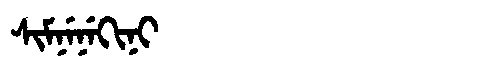
Manchu: ᠰᡳᠮᠨᡝᠨᡝᡴᡳᠨᡳ
Romanization: SIMNENEKINI